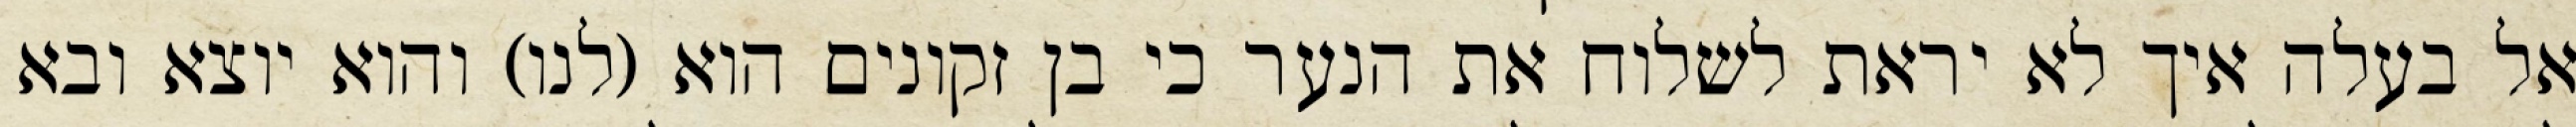
אל בעלה איך לא יראת לשלוח את הנער כי בן זקונים הוא (לנו) והוא יוצא ובא